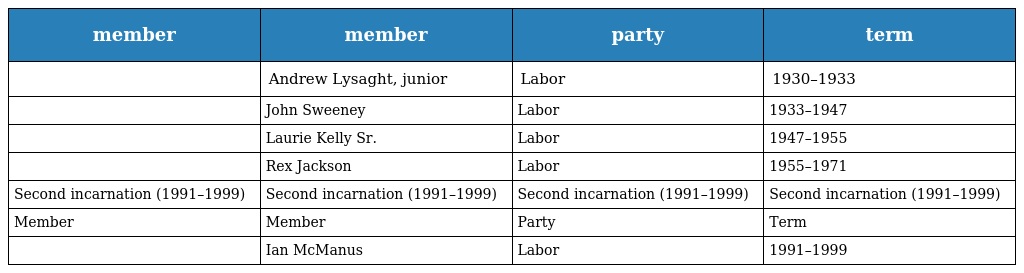
| member | member | party | term |
 | --- | --- | --- | --- |
 |  | Andrew Lysaght, junior | Labor | 1930–1933 |
 |  | John Sweeney | Labor | 1933–1947 |
 |  | Laurie Kelly Sr. | Labor | 1947–1955 |
 |  | Rex Jackson | Labor | 1955–1971 |
 | Second incarnation (1991–1999) | Second incarnation (1991–1999) | Second incarnation (1991–1999) | Second incarnation (1991–1999) |
 | Member | Member | Party | Term |
 |  | Ian McManus | Labor | 1991–1999 |